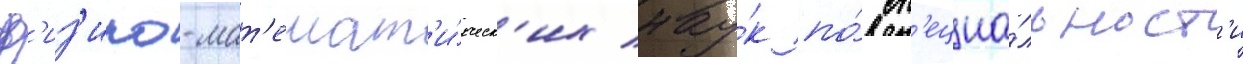
ф'из'ико-мат'емат'и́ческ'их нау́к по́ сп'ециа́льност'и